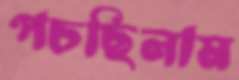
পচছিলাম